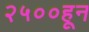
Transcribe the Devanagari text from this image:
२५००हून